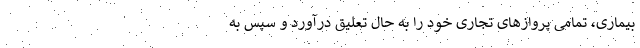
بیماری، تمامی پرواز‌های تجاری خود را به حال تعلیق درآورد و سپس به